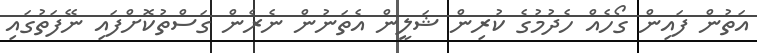
އަތުން ފައިން ގޯހެއް ހެދުމުގެ ކުރިން ޝަލީން އެތަނުން ނެރެން ގަސްތުކޮށްފައި ނޭފަތުގައި